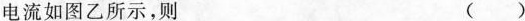
电流如图乙所示，则 ()